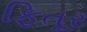
ફિતૂર